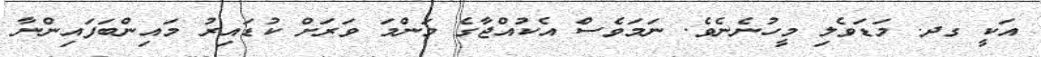
އަކީ ގދ. މަޑަވެލި މީހުނެނެވެ. ނަމަވެސް އެކުއްޖާގެ މަންމަ ވަރަށް ކުޑައިރު މައިންބަފައިންނާ